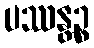
ပဿန္တဉ္စ